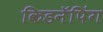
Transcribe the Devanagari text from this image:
किडनॅपिंग